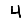
Digit: 4